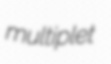
multiplet